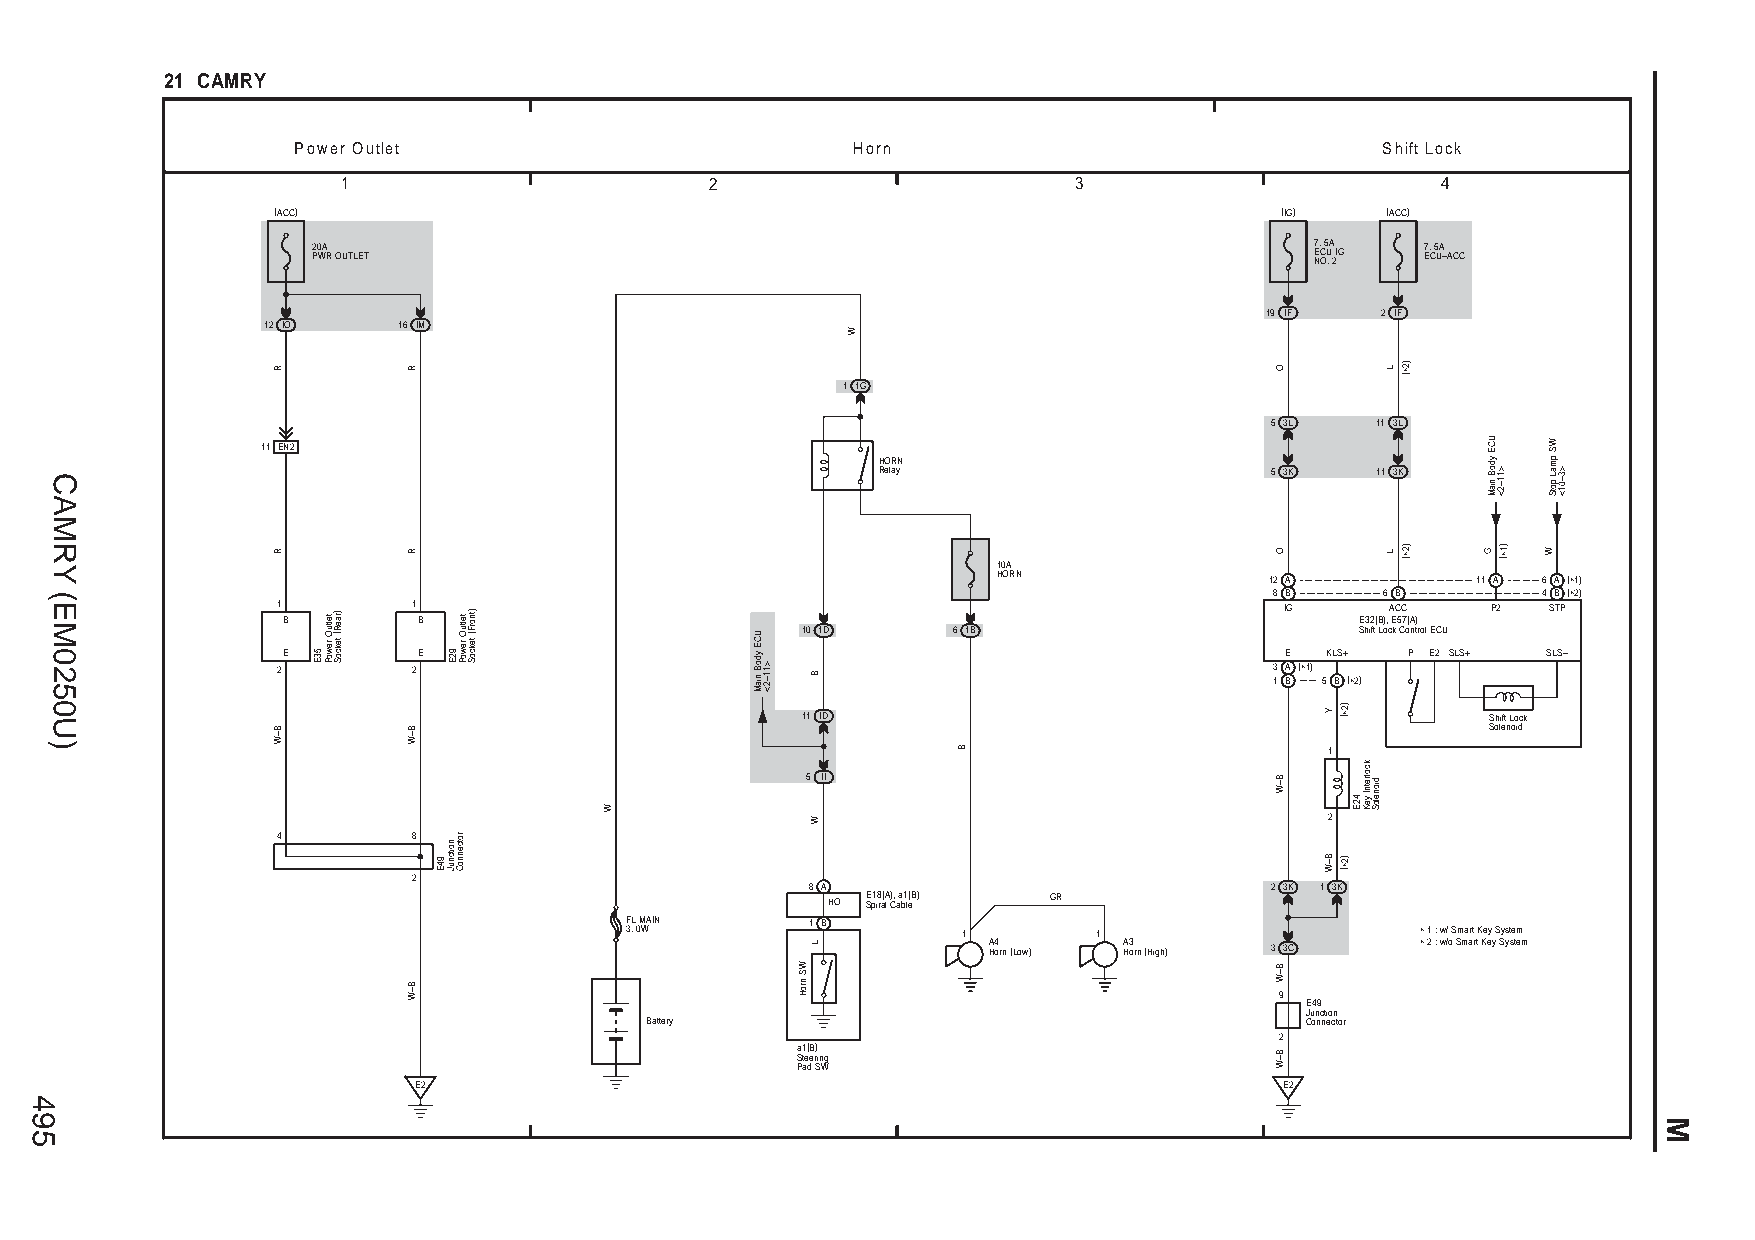
21 CAMRY
 Power Outlet                         Horn                               Shift Lock
 1                       2                       3                       4
 (ACC)                                                              (IG)   (ACC)
 2 P0 WA R OUTLET                                                  7 E N. C O 5 U .A 2 IG 7 E. C 5 UA –ACC
 19 IF  2 IF
 12 IO    16 IM
 1 1G
 5 3L   11 3L
 11 EN2
 HORN
 Relay                     5 3K   11 3K
 10A
 HORN              12 A          11 A 6 A (∗1)
 8 B     6 B       4 B (∗2)
 1        1                                                         IG     ACC    P2 STP B B E32(B), E57(A)
 10 1D     6 1B                       Shift Lock Control ECU
 E        E                                                        E  KLS+ P E2 SLS+ SLS–
 2        2                                                        3 A (∗1) 1 B 5 B (∗2)
 11 ID                                         Shift Lock
 Solenoid
 1
 5 II
 2
 4        8
 2
 8 A                           2 3K 1 3K
 HO SE p1 i8 ra(A l ) C, aa b1 l( eB) GR
 F 3.L 0 M WAIN 1 B     1 A H4 orn (Low) 1 A H3 orn (High) 3 3C ∗ ∗ 1 2 :: w w// o S Sm mar at r tK Key e yS Sys yt se tem m
 9
 E49
 Junction
 Battery                                    Connector
 2
 a1(B)
 Steering
 Pad SW
 E2                                                        E2
 495
 CAMRY
 (EM0250U)
 R
 R
 B–W
 53E
 teltuO
 rewoP
 )raeR(
 tekcoS
 R
 R
 B–W
 B–W
 94E
 92E
 noitcnuJ
 teltuO
 rewoP
 rotcennoC
 )tnorF(
 tekcoS
 W
 UCE
 ydoB
 niaM >11–2<
 WS
 nroH
 B
 W
 L
 W
 B
 O
 O
 B–W
 B–W
 B–W
 Y
 B–W
 )2∗(
 )2∗(
 42E
 kcolretnI
 yeK
 dioneloS
 L
 L
 )2∗(
 )2∗(
 UCE
 ydoB
 niaM
 G
 >11–2<
 )1∗(
 WS
 pmaL
 potS
 W
 >3–01<
 M